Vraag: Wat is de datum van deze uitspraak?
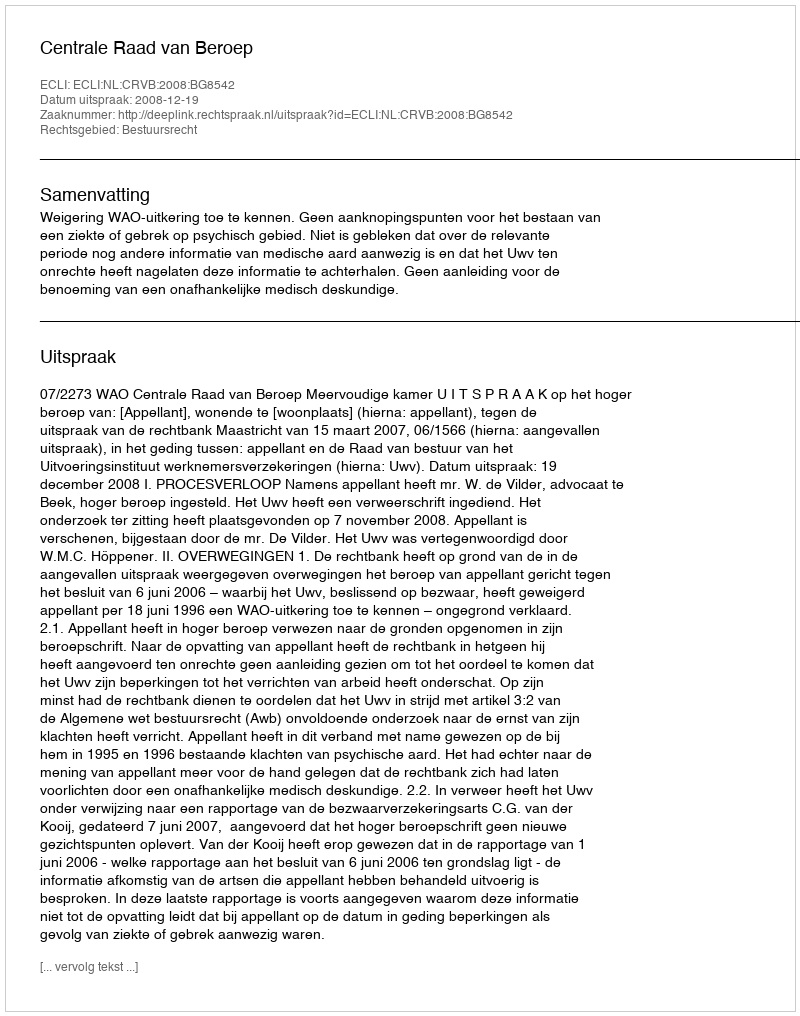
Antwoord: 2008-12-19